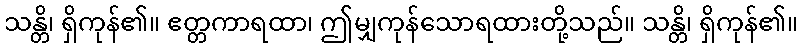
သန္တိ၊ ရှိကုန်၏။ ဧတ္တကာရထာ၊ ဤမျှကုန်သောရထားတို့သည်။ သန္တိ၊ ရှိကုန်၏။